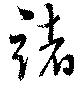
諸